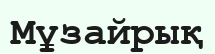
Мұзайрық